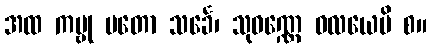
အထ ကမ္ဗု မတော သင်္ခေ၊ သုဝဏ္ဏေ ဝလယေပိ စ။